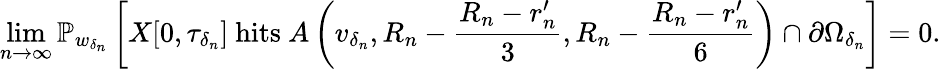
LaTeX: \operatorname*{lim}_{n\to\infty}\mathbb{P}_{w_{\delta_{n}}}\left[X[0,\tau_{\delta_{n}}]\mathrm{~hits~}A\left(v_{\delta_{n}},R_{n}-\frac{R_{n}-r_{n}^{\prime}}{3},R_{n}-\frac{R_{n}-r_{n}^{\prime}}{6}\right)\cap\partial\Omega_{\delta_{n}}\right]=0.